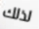
لذلك